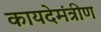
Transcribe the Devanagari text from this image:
कायदेमंत्रीण